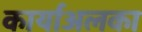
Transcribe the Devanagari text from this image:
कार्याअलका